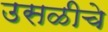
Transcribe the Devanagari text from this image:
उसळीचे